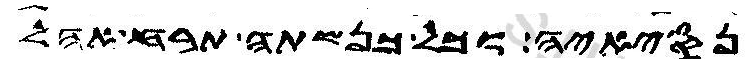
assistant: נסיאיה וכל כנשתה תרח אהל